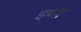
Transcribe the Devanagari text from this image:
इणी